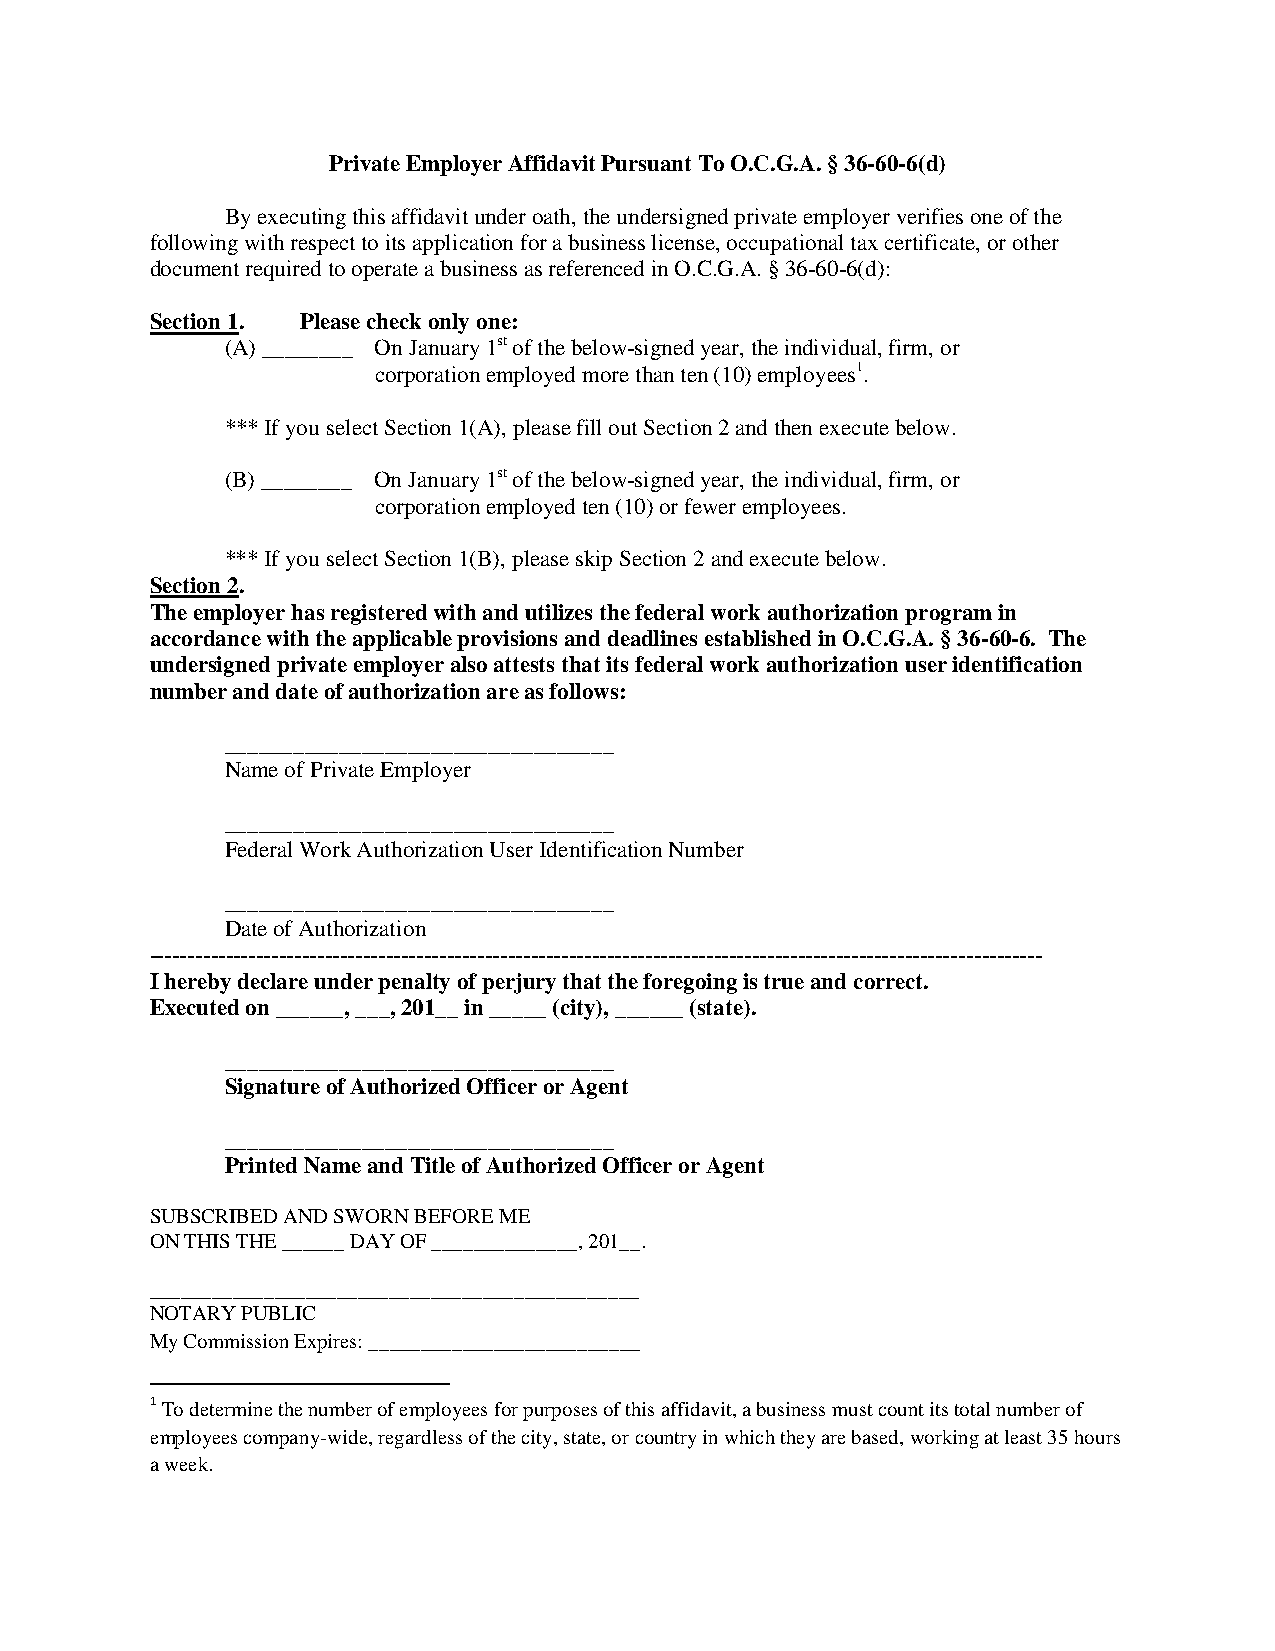
Private Employer Affidavit Pursuant To O.C.G.A. § 36-60-6(d)
 By executing this affidavit under oath, the undersigned private employer verifies one of the
 following with respect to its application for a business license, occupational tax certificate, or other
 document required to operate a business as referenced in O.C.G.A. § 36-60-6(d):
 Section 1. Please check only one:
 (A) ________ On January 1st of the below-signed year, the individual, firm, or
 corporation employed more than ten (10) employees1.
 *** If you select Section 1(A), please fill out Section 2 and then execute below.
 (B)________ On January 1st of the below-signed year, the individual, firm, or
 corporation employed ten (10) or fewer employees.
 *** If you select Section 1(B), please skip Section 2 and execute below.
 Section 2.
 The employer has registered with and utilizes the federal work authorization program in
 accordance with the applicable provisions and deadlines established in O.C.G.A. § 36-60-6. The
 undersigned private employer also attests that its federal work authorization user identification
 number and date of authorization are as follows:
 __________________________________
 Name of Private Employer
 __________________________________
 Federal Work Authorization User Identification Number
 __________________________________
 Date of Authorization
 ---------------------------------------------------------------------------------------------------------------------
 I hereby declare under penalty of perjury that the foregoing is true and correct.
 Executed on ______, ___, 201__ in _____ (city), ______ (state).
 __________________________________
 Signature of Authorized Officer or Agent
 __________________________________
 Printed Name and Title of Authorized Officer or Agent
 SUBSCRIBED AND SWORN BEFORE ME
 ON THIS THE ______ DAY OF ______________, 201__.
 _______________________________________________
 NOTARY PUBLIC
 My Commission Expires: __________________________
 1
 To determine the number of employees for purposes of this affidavit, a business must count its total number of
 employees company-wide, regardless of the city, state, or country in which they are based, working at least 35 hours
 a week.